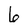
Character: 6